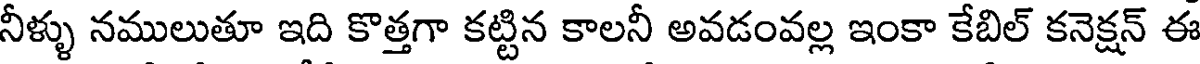
నీళ్ళు నములుతూ ఇది కొత్తగా కట్టిన కాలనీ అవడంవల్ల ఇంకా కేబిల్ కనెక్షన్ ఈ